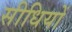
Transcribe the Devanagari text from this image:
सीधियों